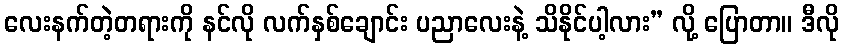
လေးနက်တဲ့တရားကို နင်လို လက်နှစ်ချောင်း ပညာလေးနဲ့ သိနိုင်ပါ့လား” လို့ ပြောတာ။ ဒီလို